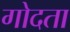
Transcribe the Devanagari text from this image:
गोदता